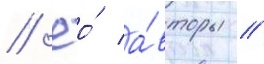
// Ео́ а́вторы /